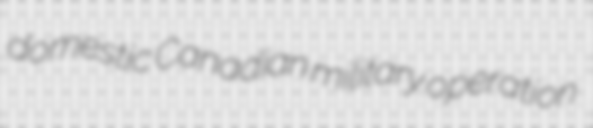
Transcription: domestic Canadian military operation